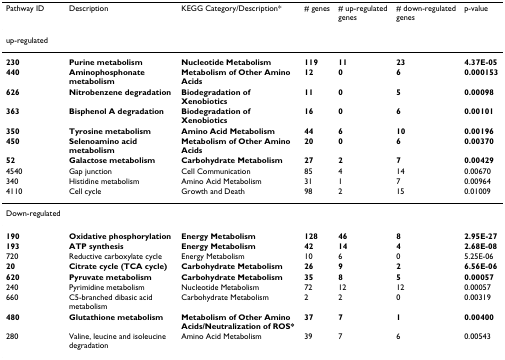
<table><thead><tr><td><b>Pathway ID</b></td><td><b>Description</b></td><td><b>KEGG Category/Description*</b></td><td><b># genes</b></td><td><b># up-regulated genes</b></td><td><b># down-regulated genes</b></td><td><b>p-value</b></td></tr></thead><tbody><tr><td>up-regulated</td><td></td><td></td><td></td><td></td><td></td><td></td></tr><tr><td><b>230</b></td><td><b>Purine metabolism</b></td><td><b>Nucleotide Metabolism</b></td><td><b>119</b></td><td><b>11</b></td><td><b>23</b></td><td><b>4.37E-05</b></td></tr><tr><td><b>440</b></td><td><b>Aminophosphonate metabolism</b></td><td><b>Metabolism of Other Amino Acids</b></td><td><b>12</b></td><td><b>0</b></td><td><b>6</b></td><td><b>0.000153</b></td></tr><tr><td><b>626</b></td><td><b>Nitrobenzene degradation</b></td><td><b>Biodegradation of Xenobiotics</b></td><td><b>11</b></td><td><b>0</b></td><td><b>5</b></td><td><b>0.00098</b></td></tr><tr><td><b>363</b></td><td><b>Bisphenol A degradation</b></td><td><b>Biodegradation of Xenobiotics</b></td><td><b>16</b></td><td><b>0</b></td><td><b>6</b></td><td><b>0.00101</b></td></tr><tr><td><b>350</b></td><td><b>Tyrosine metabolism</b></td><td><b>Amino Acid Metabolism</b></td><td><b>44</b></td><td><b>6</b></td><td><b>10</b></td><td><b>0.00196</b></td></tr><tr><td><b>450</b></td><td><b>Selenoamino acid metabolism</b></td><td><b>Metabolism of Other Amino Acids</b></td><td><b>20</b></td><td><b>0</b></td><td><b>6</b></td><td><b>0.00370</b></td></tr><tr><td><b>52</b></td><td><b>Galactose metabolism</b></td><td><b>Carbohydrate Metabolism</b></td><td><b>27</b></td><td><b>2</b></td><td><b>7</b></td><td><b>0.00429</b></td></tr><tr><td>4540</td><td>Gap junction</td><td>Cell Communication</td><td>85</td><td>4</td><td>14</td><td>0.00670</td></tr><tr><td>340</td><td>Histidine metabolism</td><td>Amino Acid Metabolism</td><td>31</td><td>1</td><td>7</td><td>0.00964</td></tr><tr><td>4110</td><td>Cell cycle</td><td>Growth and Death</td><td>98</td><td>2</td><td>15</td><td>0.01009</td></tr><tr><td>Down-regulated</td><td></td><td></td><td></td><td></td><td></td><td></td></tr><tr><td><b>190</b></td><td><b>Oxidative phosphorylation</b></td><td><b>Energy Metabolism</b></td><td><b>128</b></td><td><b>46</b></td><td><b>8</b></td><td><b>2.95E-27</b></td></tr><tr><td><b>193</b></td><td><b>ATP synthesis</b></td><td><b>Energy Metabolism</b></td><td><b>42</b></td><td><b>14</b></td><td><b>4</b></td><td><b>2.68E-08</b></td></tr><tr><td>720</td><td>Reductive carboxylate cycle</td><td>Energy Metabolism</td><td>10</td><td>6</td><td>0</td><td>5.25E-06</td></tr><tr><td><b>20</b></td><td><b>Citrate cycle (TCA cycle)</b></td><td><b>Carbohydrate Metabolism</b></td><td><b>26</b></td><td><b>9</b></td><td><b>2</b></td><td><b>6.56E-06</b></td></tr><tr><td><b>620</b></td><td><b>Pyruvate metabolism</b></td><td><b>Carbohydrate Metabolism</b></td><td><b>35</b></td><td><b>8</b></td><td><b>5</b></td><td><b>0.00057</b></td></tr><tr><td>240</td><td>Pyrimidine metabolism</td><td>Nucleotide Metabolism</td><td>72</td><td>12</td><td>12</td><td>0.00057</td></tr><tr><td>660</td><td>C5-branched dibasic acid metabolism</td><td>Carbohydrate Metabolism</td><td>2</td><td>2</td><td>0</td><td>0.00319</td></tr><tr><td><b>480</b></td><td><b>Glutathione metabolism</b></td><td><b>Metabolism of Other Amino Acids/Neutralization of ROS*</b></td><td><b>37</b></td><td><b>7</b></td><td><b>1</b></td><td><b>0.00400</b></td></tr><tr><td>280</td><td>Valine, leucine and isoleucine degradation</td><td>Amino Acid Metabolism</td><td>39</td><td>7</td><td>6</td><td>0.00543</td></tr></tbody></table>